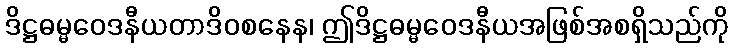
ဒိဋ္ဌဓမ္မဝေဒနီယတာဒိဝစနေန၊ ဤဒိဋ္ဌဓမ္မဝေဒနီယအဖြစ်အစရှိသည်ကို